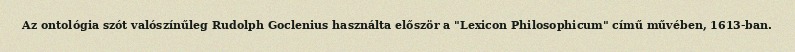
Az ontológia szót valószínűleg Rudolph Goclenius használta először a "Lexicon Philosophicum" című művében, 1613-ban.